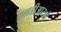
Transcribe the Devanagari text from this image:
एलडीआरओ